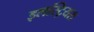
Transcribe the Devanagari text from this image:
इलस्ट्रियस